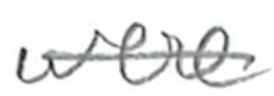
Text: were
Cross-out: mix
Writing tool: pencil